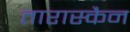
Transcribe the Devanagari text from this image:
तारास्कैन